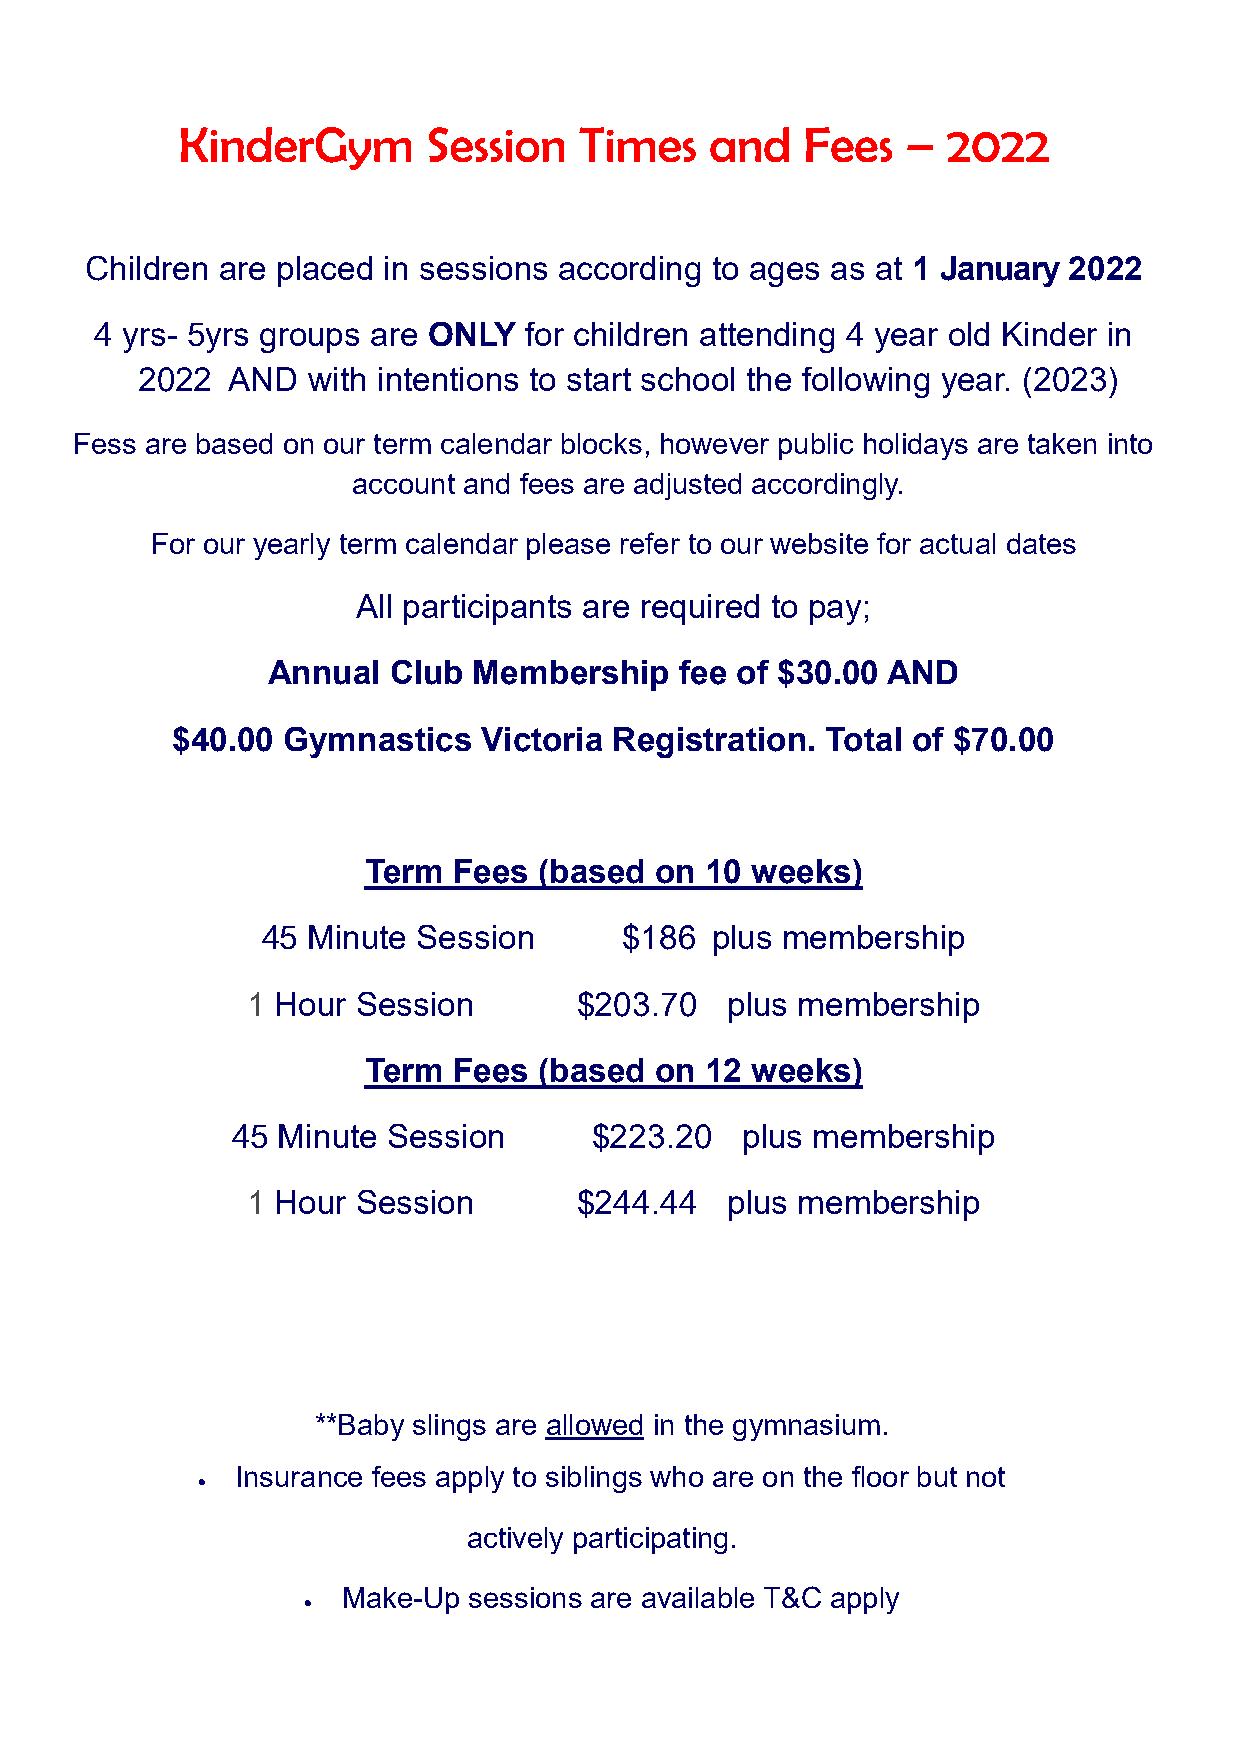
KinderGym       Session   Times    and   Fees   –  2022
 Children are placed in sessions according to ages as at 1 January 2022
 4 yrs- 5yrs groups are ONLY  for children attending 4 year old Kinder in
 2022  AND  with intentions to start school the following year. (2023)
 Fess are based on our term calendar blocks, however public holidays are taken into
 account and fees are adjusted accordingly.
 For our yearly term calendar please refer to our website for actual dates
 All participants are required to pay;
 Annual  Club Membership    fee of $30.00 AND
 $40.00  Gymnastics   Victoria Registration. Total of $70.00
 Term  Fees  (based on  10 weeks)
 45 Minute  Session      $186  plus membership
 1 Hour  Session       $203.70   plus membership
 Term  Fees  (based on  12 weeks)
 45 Minute  Session      $223.20   plus membership
 1 Hour  Session       $244.44   plus membership
 **Baby slings are allowed in the gymnasium.
 Insurance fees apply to siblings who are on the floor but not
 
 actively participating.
 Make-Up sessions are available T&C apply
 